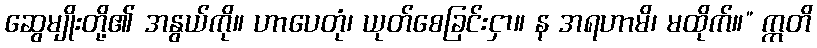
ဆွေမျိုးတို့၏ အနွယ်ကို။ ဟာပေတုံ၊ ယုတ်စေခြင်းငှာ။ န အရဟာမိ၊ မထိုက်။” ဣတိ